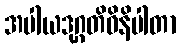
အပါယဒုဂ္ဂတိဝိနိပါတာ